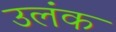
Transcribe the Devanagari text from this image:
उलंक